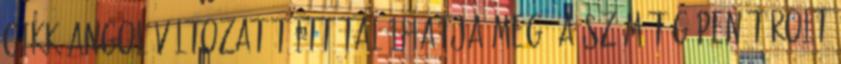
cikk angol változatát itt találhatja meg. A számítógépen tárolt